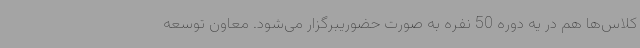
کلاس‌ها هم در یه دوره 50 نفره به صورت حضوریبرگزار می‌شود. معاون توسعه